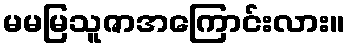
မမမြသူဇာအကြောင်းလား။